Annual administration report of the Bombay Presidency - 1887-1892
Year: 1887
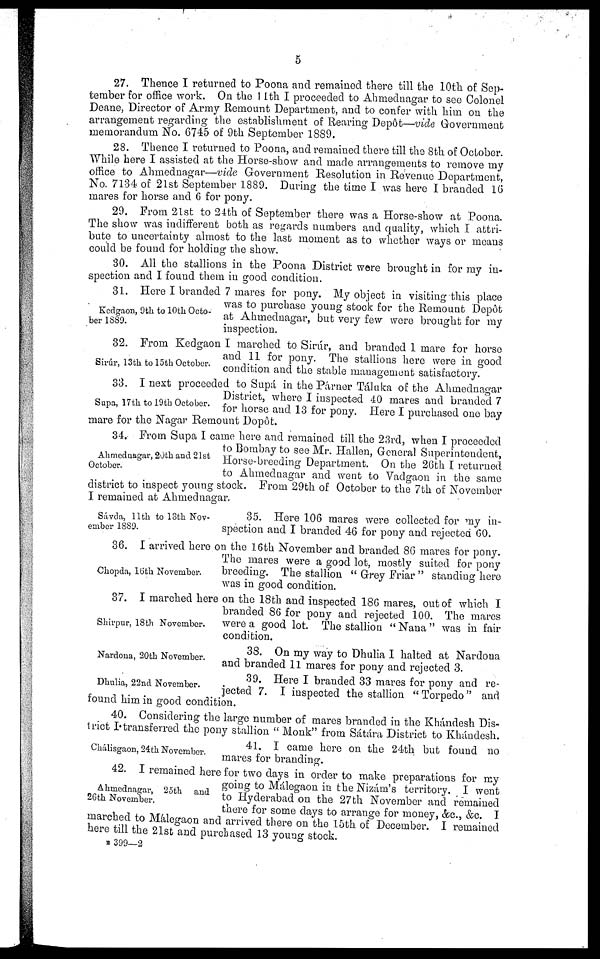
5
27. Thence I returned to Poona and remained there till the 10th of Sep-
tember for office work. On the 11th I proceeded to Ahmednagar to see Colonel
Deane, Director of Army Remount Department, and to confer with him on the
arrangement regarding the establishment of Rearing Depôt—vide Government
memorandum No. 6745 of 9th September 1889.
28. Thence I returned to Poona, and remained there till the 8th of October.
While here I assisted at the Horse-show and made arrangements to remove my
office to Ahmednagar—vide Government Resolution in Revenue Department,
No. 7134 of 21st September 1889. During the time I was here I branded 16
mares for horse and. 6 for pony.
29. From 21st to 24th of September there was a Horse-show at Poona.
The show was indifferent both as regards numbers and quality, which I attri-
bute to uncertainty almost to the last moment as to whether ways or means
could be found for holding the show.
30. All the stallions in the Poona District were brought in for my in-
spection and I found them in good condition.
Kedgaon, 9th to 10th Octo-
ber 1889.
31. Here I branded 7 mares for pony. My object in visiting this place
was to purchase young stock for the Remount Depôt
at Ahmednagar, but very few were brought for my
inspection.
Sirúr, 13th to 15th October.
32. From Kedgaon I marched to Sirúr, and branded 1 mare for horse
and 11 for pony. The stallions here were in good
condition and the stable management satisfactory.
Supa, 17th to 19th October.
33. I next proceeded to Supá in the Párner Tálaka of the Ahmednagar
District, where I inspected 40 mares and branded 7
for horse and 13 for pony. Here I purchased one bay
mare for the Nagar Remount Dopôt.
Ahmednagar, 20th and 21st
October.
34. From Supa I came here and remained till the 23rd, when I proceeded
to Bombay to see Mr. Hallen, General Superintendent,
Horse-breeding Department. On the 26th I returned
to Ahmednagar and went to Vadgaon in the same
district to inspect young stock. From 29th of October to the 7th of November
I remained at Ahmednagar.
Sávda, 11th to 13th Nov-
ember 1889.
35. Here 106 mares were collected for my in-
spection and I branded 46 for pony and rejected 60.
Chopda, 16th November.
36. I arrived here on the 16th November and branded 86 mares for pony.
The mares were a good lot, mostly suited for pony
breeding. The stallion "Grey Friar" standing here
was in good condition.
Shirpur, 18th November.
37. I marched here on the 18th and inspected 186 mares, out of which I
branded 86 for pony and rejected 100. The mares
were a good lot. The stallion "Nana" was in fair
condition.
Nardona, 20th November.
38. On my way to Dhulia I halted at Nardona
and branded 11 mares for pony and rejected 3.
Dhulia, 22nd November.
39. Here 1 branded 33 mares for pony and re-
jected 7. I inspected the stallion "Torpedo" and
found him in good condition.
40. Considering the large number of mares branded in the Khándesh Dis-
trict I transferred the pony stallion "Monk" from Sátára District to Khándesh.
Chálisgaon, 24th November.
41. I came here on the 24th but found no
mares for branding.
Ahmednagar, 25th and
26th November.
42. I remained here for two days in order to make preparations for my
going to Málegaon in the Nizám's territory. I went
to Hyderabad on the 27th November and remained
there for some days to arrange for money, &c., &c. I
marched to Málegaon and arrived there on the 15th of December. I remained
here till the 21st and purchased 13 young stock.
R 399—2